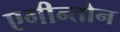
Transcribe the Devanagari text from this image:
एगीन्तोन